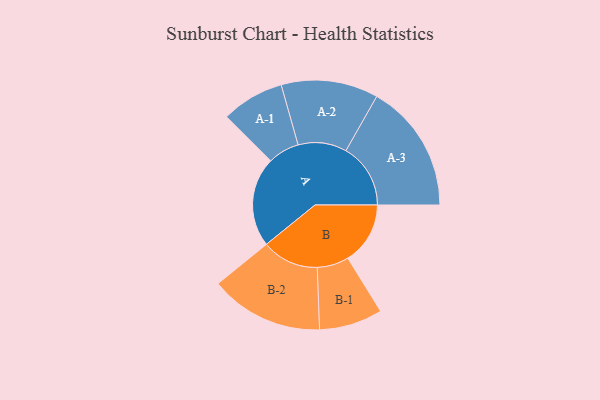
{"axis": {"x": "Segment", "y": "Value"}, "legend": ["", "A", "B"], "data": [{"x": "A", "y": 357, "type": ""}, {"x": "B", "y": 248, "type": ""}, {"x": "A-1", "y": 125, "type": "A"}, {"x": "A-2", "y": 193, "type": "A"}, {"x": "A-3", "y": 257, "type": "A"}, {"x": "B-1", "y": 126, "type": "B"}, {"x": "B-2", "y": 226, "type": "B"}]}